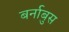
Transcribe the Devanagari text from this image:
बर्नाबुस